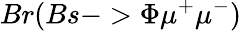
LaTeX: Br(Bs->\Phi\mu^{+}\mu^{-})